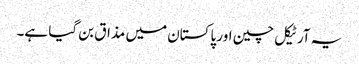
یہ آرٹیکل چین اور پاکستان میں مذاق بن گیا ہے۔